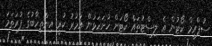
ސުޕްރީމް ކޯޓުން އެ ލިސްޓުތައް ކޯޓަށް ހުށަހަޅަން އަމުރު ކުރީ އިންތިހާބުގެ ފުރަތަމަ